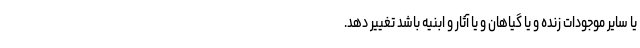
یا سایر موجودات زنده و یا گیاهان و یا آثار و ابنیه باشد تغییر دهد.